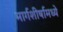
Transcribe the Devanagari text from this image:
मार्गशीर्षामध्ये